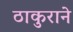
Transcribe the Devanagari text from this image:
ठाकुराने